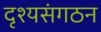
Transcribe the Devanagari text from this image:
दृश्यसंगठन